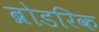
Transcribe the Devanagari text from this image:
ब्रोडरिक